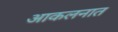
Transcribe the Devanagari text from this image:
आकलनात